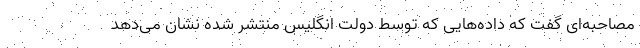
مصاحبه‌ای گفت که داده‌هایی که توسط دولت انگلیس منتشر شده نشان می‌دهد